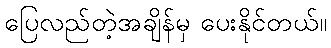
ပြေလည်တဲ့အချိန်မှ ပေးနိုင်တယ်။